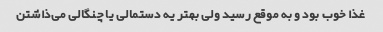
غذا خوب بود و به موقع رسید ولی بهتر یه دستمالی یا چنگالی می‌ذاشتن